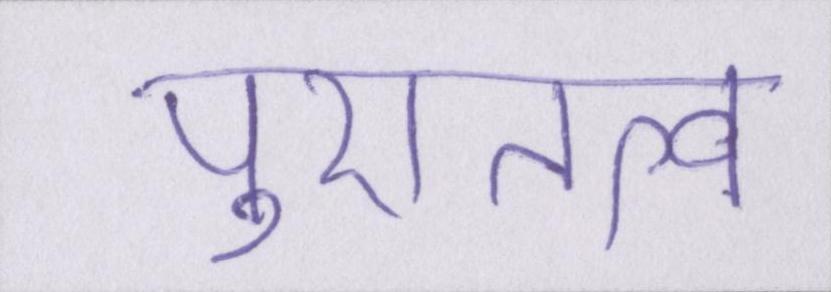
पुरातत्व